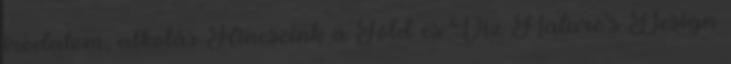
irodalom, alkotás Kincseink a Föld és Víz Nature’s Design